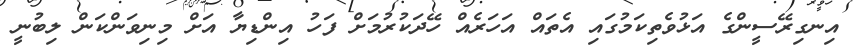
އިނގިރޭސީންގެ އަޅުވެތިކަމުގައި އެތައް އަހަރެއް ހޭދަކުރުމަށް ފަހު އިންޑިޔާ އަށް މިނިވަންކަން ލިބުނީ